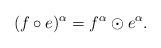
LaTeX: \begin{align*}(f\circ e)^{\alpha} = f^{\alpha}\odot e^{\alpha}.\end{align*}